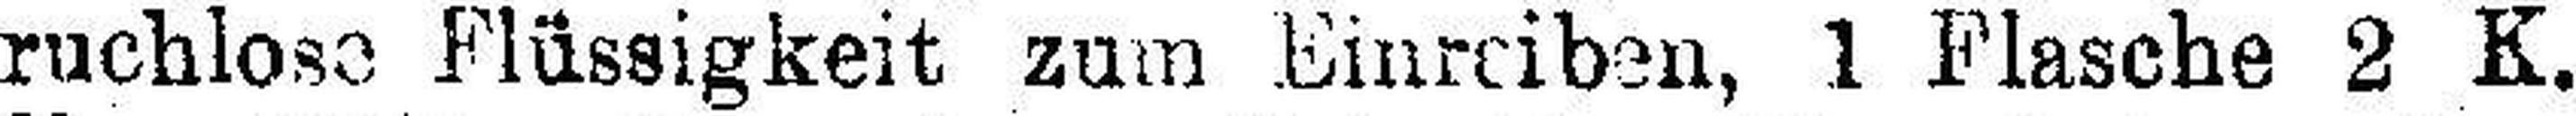
ruchlose Flüssigkeit zum Einreiben, 1 Flasche 2 K.